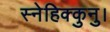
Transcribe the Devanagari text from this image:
स्नेहिक्कुनु।